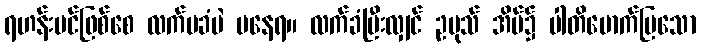
ရဟန်းပင်ဖြစ်စေ လက်မခံပဲ မနေရ။ လက်ခံပြီးလျှင် ဥပုသ် အိမ်၌ ပါတိမောက်ပြသော